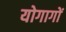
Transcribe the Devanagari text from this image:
योगागों